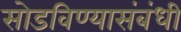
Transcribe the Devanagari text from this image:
सोडविण्यासंबंधी